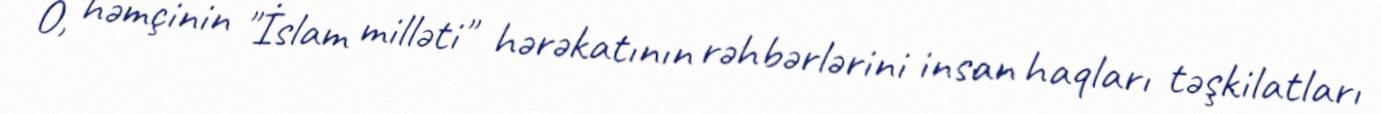
O, həmçinin "İslam milləti" hərəkatının rəhbərlərini insan haqları təşkilatları